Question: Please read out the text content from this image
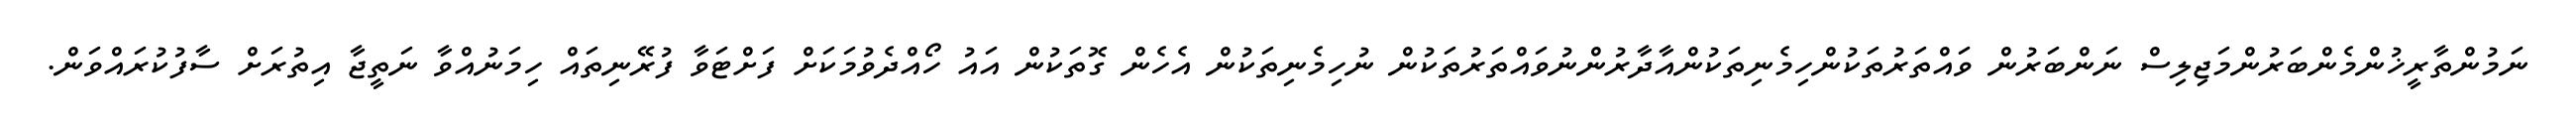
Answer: ނަމުންތާރީޚުންމެންބަރުންމަޖިލިސް ނަންބަރުން ވައްތަރުތަކުންހިމެނިތަކުންއާދާރުންނުވައްތަރުތަކުން ނުހިމެނިތަކުން އެހެން ގޮތަކުން އައު ހޯއްދެވުމަކަށް ފަށްޓަވާ ފުރޭނިތައް ހިމަނުއްވާ ނަތީޖާ އިތުރަށް ސާފުކުރައްވަން.